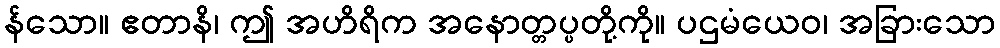
န်သော။ ဧတာနိ၊ ဤ အဟိရိက အနောတ္တပ္ပတို့ကို။ ပဌမံယေဝ၊ အခြားသော